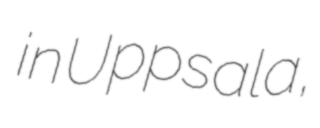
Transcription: in Uppsala,